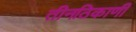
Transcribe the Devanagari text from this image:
तीनठिकाणी